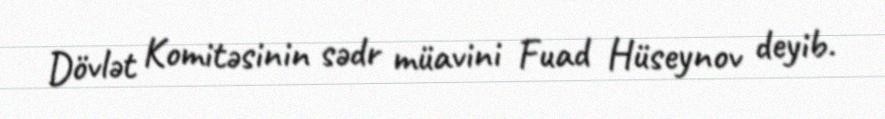
Dövlət Komitəsinin sədr müavini Fuad Hüseynov deyib.